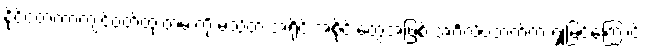
နိုင်ငံတကာကျင့်ဝတ်ထုံးတမ်းကို မသိတဲ့ အရိုင်းအစိုင်းတွေအဖြစ် အင်္ဂလိပ်ဘက်က ရှုမြင်ကြောင်း